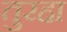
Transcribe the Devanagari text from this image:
तुरहा